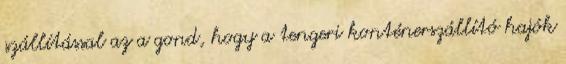
szállítással az a gond, hogy a tengeri konténerszállító hajók